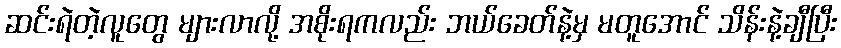
ဆင်းရဲတဲ့လူတွေ များလာလို့ အစိုးရကလည်း ဘယ်ခေတ်နဲ့မှ မတူအောင် သိန်းနဲ့ချီပြီး